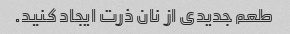
طعم جدیدی از نان ذرت ایجاد کنید.